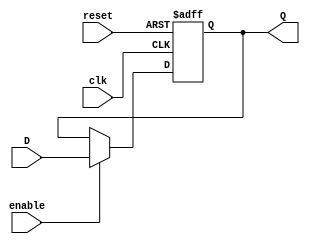
//Diego A. Mndez
//Ejercicio2

module ffD(input clk, reset, enable, input D, output reg Q);

    always @(posedge clk, posedge reset) begin
      //Hacemos que el reset haga Q = 0
      if (reset) begin
        Q <= 0;
        end
      //Hacemos que el Enable funcione
      else if (enable) begin
        Q <= D;
        end
    end //Always
endmodule

module ffT (input clk, reset, enable, output wire Q);

  wire jumper;
  not(jumper, Q);

  ffD U1(clk, reset, enable, jumper, Q);



endmodule // ffT